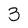
Character: 3